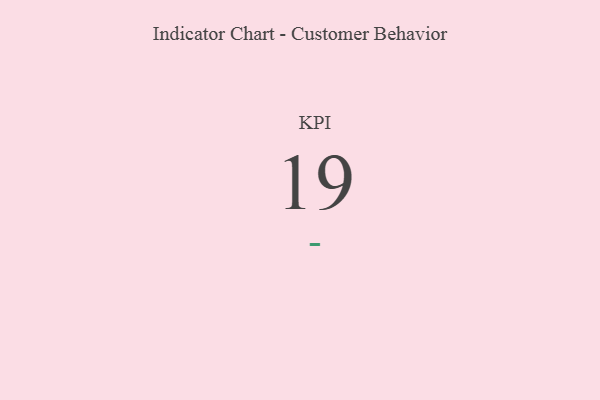
{"axis": {"x": "KPI", "y": "Value"}, "legend": [""], "data": [{"x": "KPI", "y": 19, "type": ""}]}